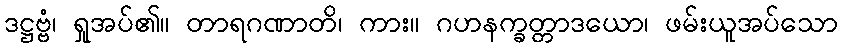
ဒဋ္ဌဗ္ဗံ၊ ရှုအပ်၏။ တာရဂဏာတိ၊ ကား။ ဂဟနက္ခတ္တာဒယော၊ ဖမ်းယူအပ်သော